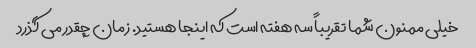
خیلی ممنون شما تقریباً سه هفته است که اینجا هستید. زمان چقدر می گذرد